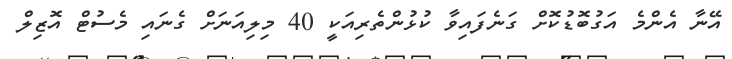
އޭނާ އެންމެ އަގުބޮޑުކޮށް ގަނެފައިވާ ކުޅުންތެރިއަކީ 40 މިލިއަނަށް ގެނައި މެސުޓް އޮޒިލް